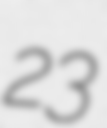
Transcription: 23